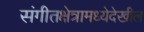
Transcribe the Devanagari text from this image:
संगीतक्षेत्रामध्येदेखील